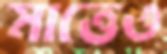
মাত্তেও